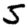
Digit: 5